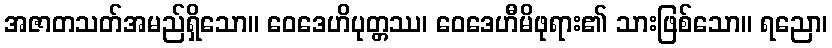
အဇာတသတ်အမည်ရှိသော။ ဝေဒေဟိပုတ္တဿ၊ ဝေဒေဟီမိဖုရား၏ သားဖြစ်သော။ ရညော၊